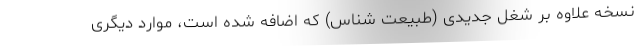
نسخه علاوه بر شغل جدیدی (طبیعت شناس) که اضافه شده است، موارد دیگری